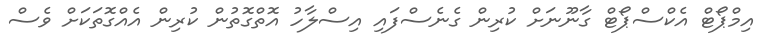
އިމްޕޯޓް އެކްސްޕޯޓް ގާނޫނަށް ކުރިން ގެނެސްފައި އިސްލާހު އޮތްގޮތުން ކުރިން އެއްގޮތަކަށް ވެސް